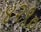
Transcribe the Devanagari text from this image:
४२९०